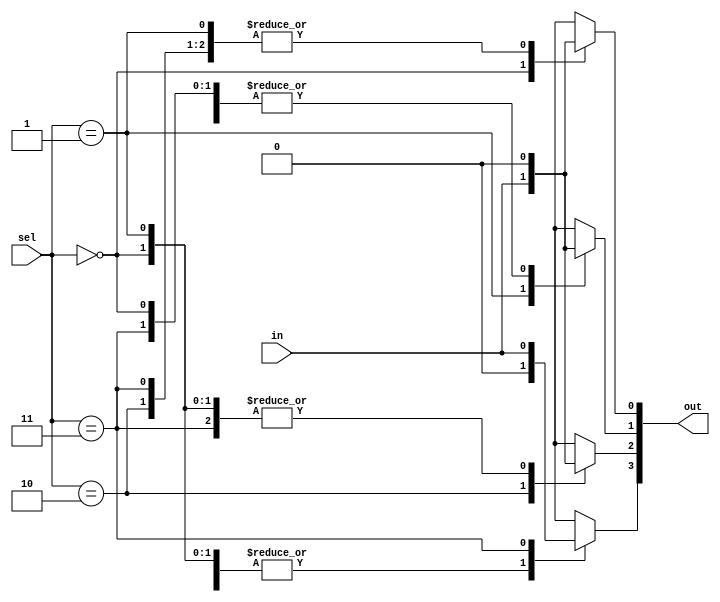
module module03(
    output reg [3:0] out,
    input      [1:0] sel,
    input            in
);

    always @(*) begin
        out = 4'b0000;
        case (sel)
            0 : out[0] = in;
            1 : out[1] = in;
            2 : out[2] = in;
            3 : out[3] = in;
            default: out[3:0] = 4'bx;
        endcase
    end

endmodule